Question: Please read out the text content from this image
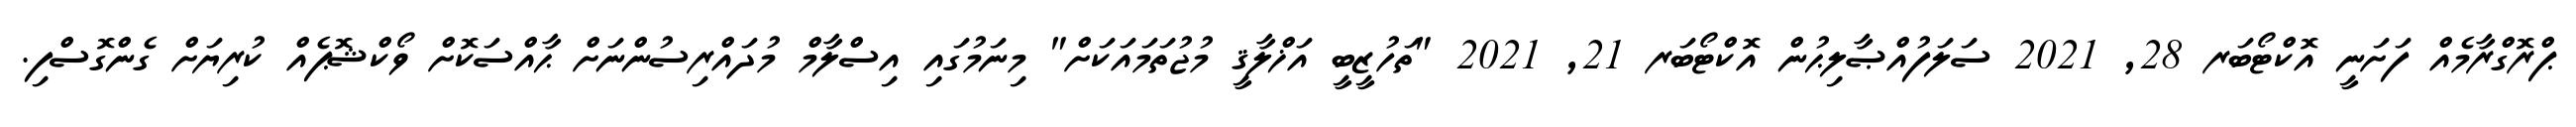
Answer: ޕްރޮގްރާމެއް ފަށަނީ އޮކްޓޯބަރ 28, 2021 ސަލަފުއްޞާލިޙުން އޮކްޓޯބަރ 21, 2021 "ތަހުޒީބީ އަޚްލާޤީ މުޖުތަމައަކަށް" މިނަމުގައި އިސްލާމް މުދައްރިސުންނަށް ޙާއްސަކޮށް ވޯކްޝޮޕެއް ކުރިޔަށް ގެންގޮސްފި.